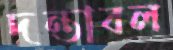
দন্তাবল